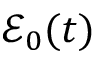
\mathcal { E } _ { 0 } ( t )